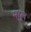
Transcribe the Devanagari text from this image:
माल्